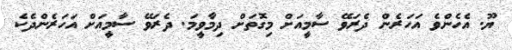
ޔޫ. އެހެންވެ އަހަރެން ދެރަވޭ ސާމީއަށް މިގޮތަށް ދިމާވީމަ. ދެރަވޭ ސާމީއަށް އަހަރެންދެކެ